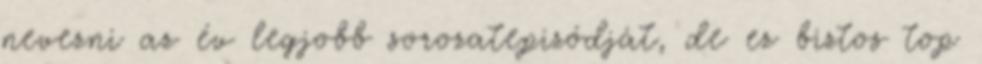
nevezni az év legjobb sorozatepizódját, de ez biztos top